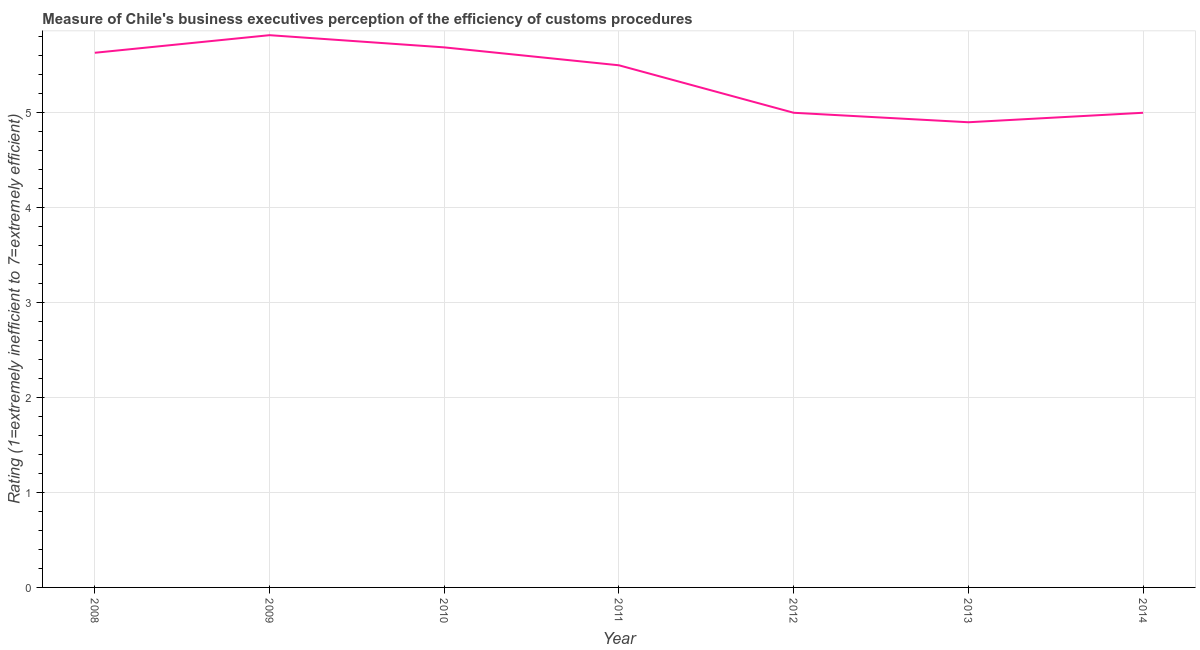
| Year | Burden of customs procedure |
 | --- | --- |
 | 2008 | 5.63 |
 | 2009 | 5.82 |
 | 2010 | 5.69 |
 | 2011 | 5.5 |
 | 2012 | 5 |
 | 2013 | 4.9 |
 | 2014 | 5 |